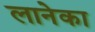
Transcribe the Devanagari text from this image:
लानेका